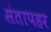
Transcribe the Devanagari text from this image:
संतापहर